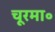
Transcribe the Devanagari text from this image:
चूरमा॰